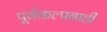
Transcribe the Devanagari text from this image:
पूर्वकल्पनाही